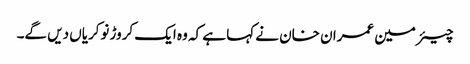
چیئرمین عمران خان نے کہا ہے کہ وہ ایک کروڑ نوکریاں دیں گے۔